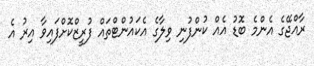
ރާއްޖޭގެ އެންމެ ބޮޑު އެއް ކުންފުނި ވިލާގެ އެކައުންޓްތައް ފުރީޒްކޮށްފައިވާ އިރު އެ